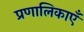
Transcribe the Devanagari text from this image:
प्रणालिकाएँ